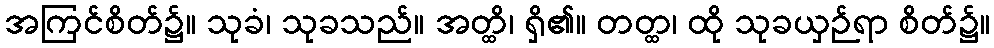
အကြင်စိတ်၌။ သုခံ၊ သုခသည်။ အတ္ထိ၊ ရှိ၏။ တတ္ထ၊ ထို သုခယှဉ်ရာ စိတ်၌။